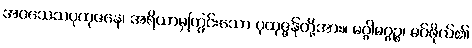
အဝသေသပုထုဇနေ၊ အရိယာမှကြွင်းသော ပုထုဇ္ဇန်တို့အား။ မဂ္ဂါမဂ္ဂဉ္စ၊ မဂ်ဖိုလ်၏